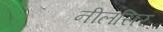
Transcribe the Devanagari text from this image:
नीलसिर